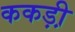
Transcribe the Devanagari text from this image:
ककड़ी़